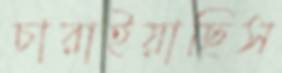
চারাইয়াছিস